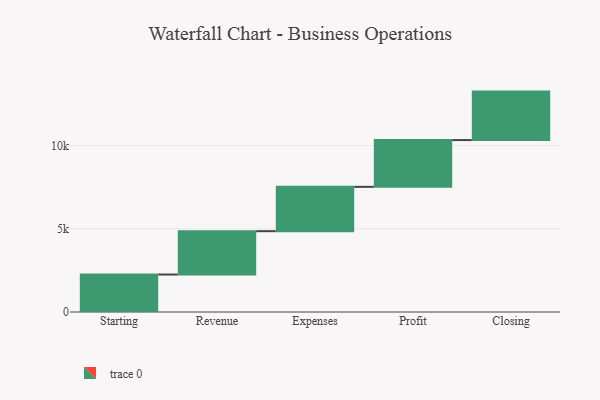
{"axis": {"x": "Step", "y": "Value"}, "legend": [""], "data": [{"x": "Starting", "y": 2252.0, "type": ""}, {"x": "Revenue", "y": 2606.0, "type": ""}, {"x": "Expenses", "y": 2664.0, "type": ""}, {"x": "Profit", "y": 2811.0, "type": ""}, {"x": "Closing", "y": 2913.0, "type": ""}]}